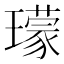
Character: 𤪑